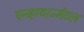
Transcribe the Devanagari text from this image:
एन्व्हायरन्मेंटल